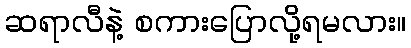
ဆရာလီနဲ့ စကားပြောလို့ရမလား။